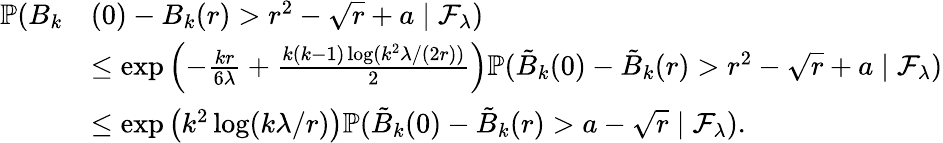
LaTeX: \begin{array}{rl}{\mathbb{P}(B_{k}}&{(0)-B_{k}(r)>r^{2}-\sqrt{r}+a\mid\mathcal{F}_{\lambda})}\\ &{\le\exp\left(-\frac{kr}{6\lambda}+\frac{k(k-1)\log(k^{2}\lambda/(2r))}{2}\right)\mathbb{P}(\tilde{B}_{k}(0)-\tilde{B}_{k}(r)>r^{2}-\sqrt{r}+a\mid\mathcal{F}_{\lambda})}\\ &{\le\exp\left(k^{2}\log(k\lambda/r)\right)\mathbb{P}(\tilde{B}_{k}(0)-\tilde{B}_{k}(r)>a-\sqrt{r}\mid\mathcal{F}_{\lambda}).}\end{array}